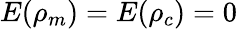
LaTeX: E(\rho_{m})=E(\rho_{c})=0